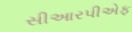
સીઆરપીએફ